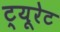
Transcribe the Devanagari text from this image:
ट्यूरेट